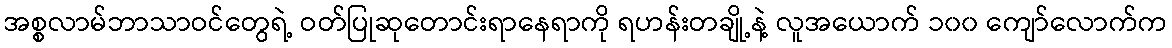
အစ္စလာမ်ဘာသာဝင်တွေရဲ့ ဝတ်ပြုဆုတောင်းရာနေရာကို ရဟန်းတချို့နဲ့ လူအယောက် ၁၀၀ ကျော်လောက်က